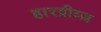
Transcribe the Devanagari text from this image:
हारग्रीव्ज़